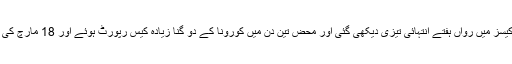
اسی طرح جنوبی ایشیائی ممالک میں خاص طور پر پاکستان میں کورونا وائرس کے کیسز میں رواں ہفتے انتہائی تیزی دیکھی گئی اور محض تین دن میں کورونا کے دو گنا زیادہ کیس رپورٹ ہوئے اور 18 مارچ کی سہ پہر تک پاکستان میں تصدیق شدہ کیسز کی تعداد بڑھ کر 246 تک جا پہنچی تھی۔